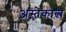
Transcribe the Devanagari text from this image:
अस्तेकात्ल